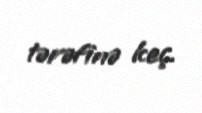
tərəfinə keç.